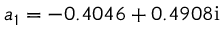
a _ { 1 } = - 0 . 4 0 4 6 + 0 . 4 9 0 8 \mathrm { i }